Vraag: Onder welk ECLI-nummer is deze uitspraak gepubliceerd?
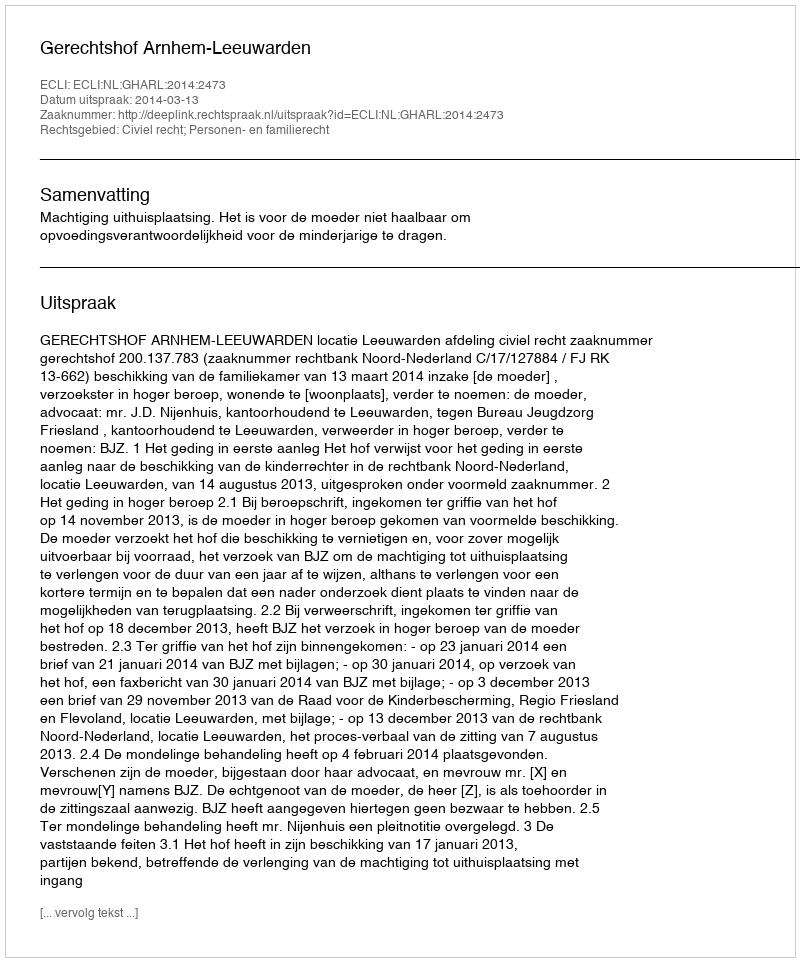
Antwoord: ECLI:NL:GHARL:2014:2473